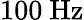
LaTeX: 100~\mathrm{Hz}